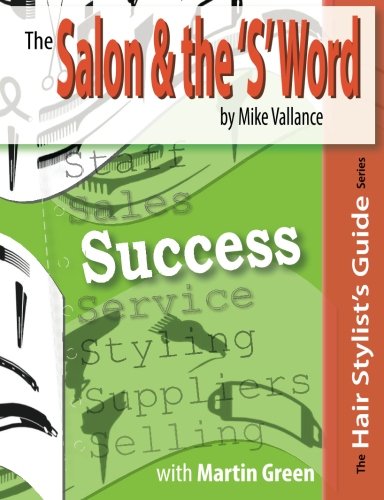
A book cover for The Salon & the 'S' Word: Success (Hair Stylist's Guides) (Volume 2); Mike Vallance; Education & Teaching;